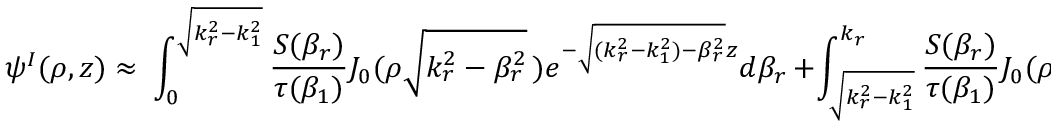
\psi ^ { I } ( \rho , z ) \approx \ \int _ { 0 } ^ { \sqrt { k _ { r } ^ { 2 } - k _ { 1 } ^ { 2 } } } \frac { S ( \beta _ { r } ) } { \tau ( \beta _ { 1 } ) } J _ { 0 } ( \rho \sqrt { k _ { r } ^ { 2 } - \beta _ { r } ^ { 2 } } \, ) e ^ { - \sqrt { ( k _ { r } ^ { 2 } - k _ { 1 } ^ { 2 } ) - \beta _ { r } ^ { 2 } } z } d \beta _ { r } \, + \int _ { \sqrt { k _ { r } ^ { 2 } - k _ { 1 } ^ { 2 } } } ^ { k _ { r } } \frac { S ( \beta _ { r } ) } { \tau ( \beta _ { 1 } ) } J _ { 0 } ( \rho \sqrt { k _ { r } ^ { 2 } - \beta _ { r } ^ { 2 } } \, ) e ^ { i \sqrt { ( k _ { 1 } ^ { 2 } - k _ { r } ^ { 2 } ) + \beta _ { r } ^ { 2 } } z } d \beta _ { r }